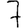
Digit: 7